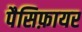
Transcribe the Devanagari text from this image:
पैसिफ़ायर